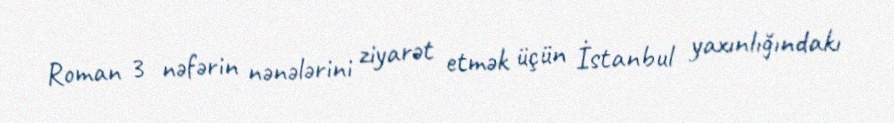
Roman 3 nəfərin nənələrini ziyarət etmək üçün İstanbul yaxınlığındakı